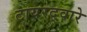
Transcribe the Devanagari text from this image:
टायरद्वारे